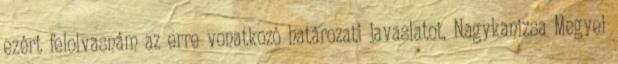
ezért felolvasnám az erre vonatkozó határozati javaslatot. Nagykanizsa Megyei